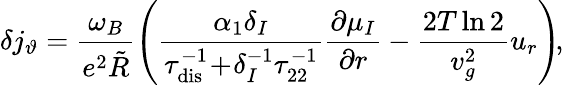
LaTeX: \delta j_{\vartheta}=\frac{\omega_{B}}{e^{2}\tilde{R}}\left(\frac{\alpha_{1}\delta_{I}}{\tau_{\mathrm{dis}}^{-1}\! +\! \delta_{I}^{-1}\tau_{22}^{-1}}\frac{\partial\mu_{I}}{\partial r}-\frac{2T\ln 2}{v_{g}^{2}}u_{r}\right)\! ,